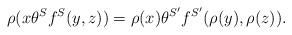
LaTeX: \begin{align*} \rho(x \theta^S f^S(y,z))=\rho(x) \theta^{S^{\prime}} f^{S^{\prime}}(\rho(y),\rho(z)). \end{align*}